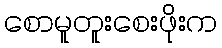
စောမူတူးစေးဖိုးက